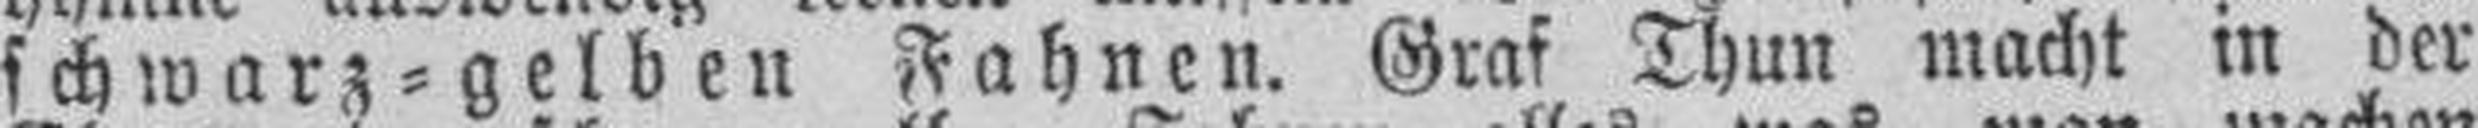
schwarz=gelben Fahnen. Graf Thun macht in der